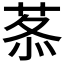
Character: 𦰍